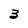
Character: 3